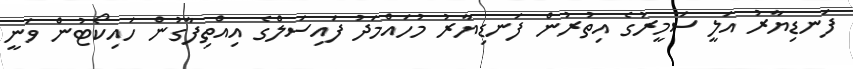
ފަނޑިޔާރު އަލީ ސަމީރުގެ އިތުރުން ފަނޑިޔާރު މުހައްމަދު ފައިސަލްގެ އިއްތިފާގުން ހައިކޯޓުން ވަނީ